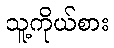
သူ့ကိုယ်စား